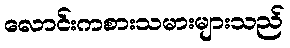
လောင်းကစားသမားများသည်